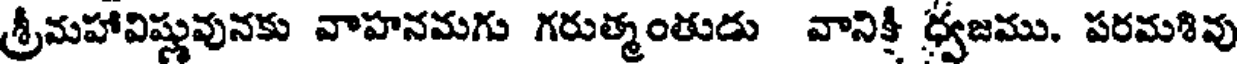
శ్రీమహావిష్ణువునకు వాహనమగు గరుత్మంతుడు వానిక్తి ధ్వజము. పరమశివు